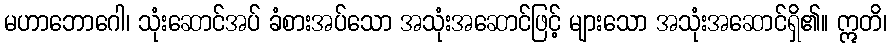
မဟာဘောဂေါ၊ သုံးဆောင်အပ် ခံစားအပ်သော အသုံးအဆောင်ဖြင့် များသော အသုံးအဆောင်ရှိ၏။ ဣတိ၊